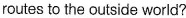
routes to the outside world?